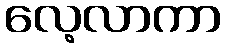
လေ့လာကာ